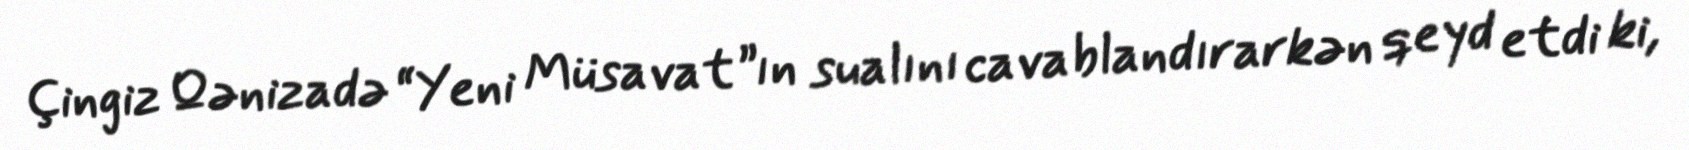
Çingiz Qənizadə “Yeni Müsavat”ın sualını cavablandırarkən qeyd etdi ki,